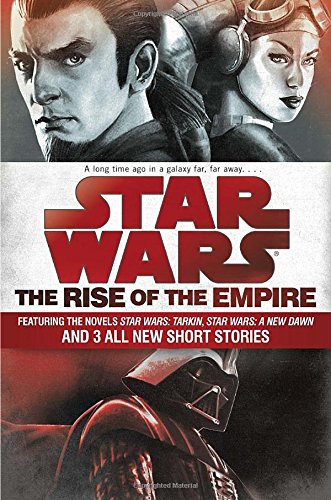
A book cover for The Rise of the Empire: Star Wars: Featuring the novels Star Wars: Tarkin, Star Wars: A New Dawn, and 3 all-new short stories; John Jackson Miller; Science Fiction & Fantasy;